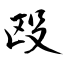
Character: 殴